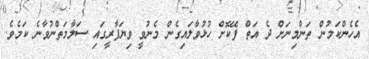
އެހެންކަމުން ތަންމިނަށް ދެ އަތް ފޭކޮށް ހުޅުވާލައިގެން މެނުވީ ވިޔަފާރީގައި ސަލާމަތްނުވާނެ ކަމެވެ.